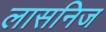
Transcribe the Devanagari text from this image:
लासनिज